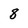
Character: 8